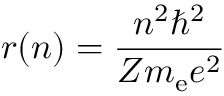
r ( n ) = { \frac { n ^ { 2 } \hbar ^ { 2 } } { Z m _ { \mathrm { { e } } } e ^ { 2 } } }